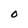
Character: O